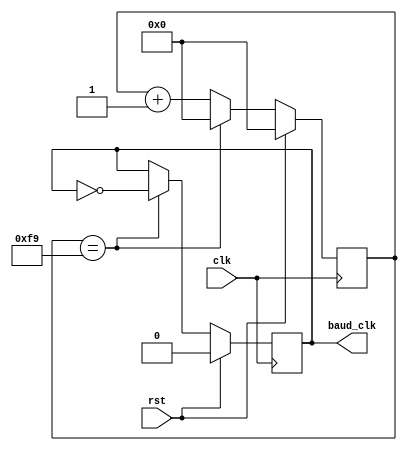
`timescale 1ns / 1ps
//////////////////////////////////////////////////////////////////////////////////
// Company: 
// Engineer: 
// 
// Design Name: 
// Module Name: clk_make
// Project Name: 
// Target Devices: 
// Tool Versions: 
// Description: 
// 
// Dependencies: 
// 
// Revision:
// Revision 0.01 - File Created
// Additional Comments:
// 
//////////////////////////////////////////////////////////////////////////////////

module clk_make(
    input clk,
    input rst,
    
    output reg baud_clk
    );

    // endcount = clk freq/baud freq = 125MHz/500kHz = 250
    parameter endcnt = 10'd250;
    reg [9:0] clk_cnt = 0;

    always@(posedge clk) begin
        if(rst == 1) 
        begin
            clk_cnt <=10'd0;
            baud_clk <= 10'd0;
        end
        else if(clk_cnt == endcnt-1) 
        begin
            clk_cnt <= 10'd0; 
            baud_clk <= ~baud_clk;
        end
        else 
        begin
            clk_cnt <= clk_cnt + 10'd1;
            baud_clk <= baud_clk;
        end
    end

endmodule